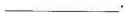
___.